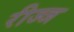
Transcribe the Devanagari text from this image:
रीज्ज